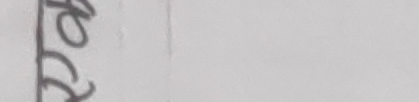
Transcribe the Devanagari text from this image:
को
ट
टु